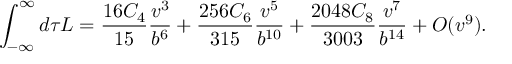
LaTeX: \int _ { - \infty } ^ { \infty } d \tau { \cal L } = \frac { 1 6 C _ { 4 } } { 1 5 } \frac { v ^ { 3 } } { b ^ { 6 } } + \frac { 2 5 6 C _ { 6 } } { 3 1 5 } \frac { v ^ { 5 } } { b ^ { 1 0 } } + \frac { 2 0 4 8 C _ { 8 } } { 3 0 0 3 } \frac { v ^ { 7 } } { b ^ { 1 4 } } + O ( v ^ { 9 } ) .